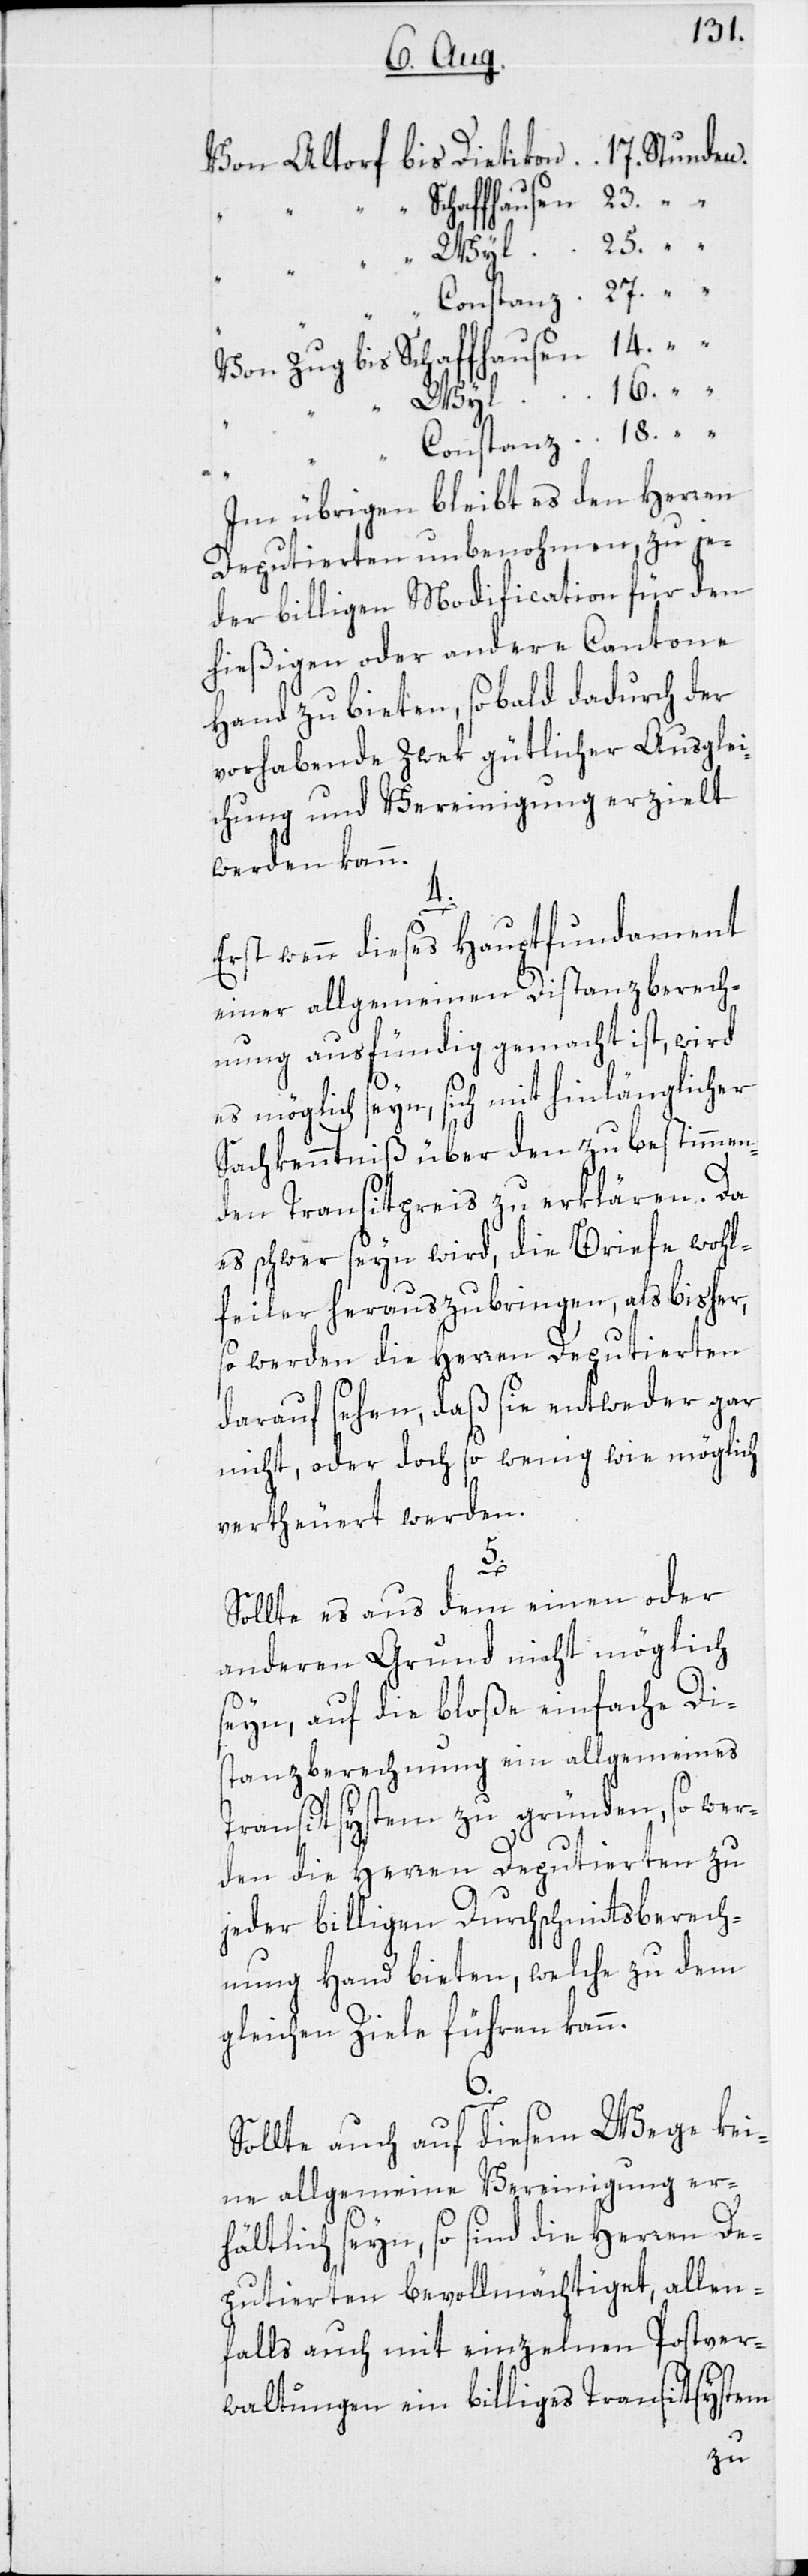
Schaffhausen
Im übrigen bleibt es den Herren
Deputierten unbenohmen, zu je¬
der billigen Modification für den
hießigen oder andere Cantone
Hand zu bieten, sobald dadurch der
vorhabende Zwek gütlicher Ausglei¬
chung und Vereinigung erzielt
werden kann.
4.
Erst wenn dieses Hauptfundament
einer allgemeinen Distanzberech¬
nung ausfündig gemacht ist, wird
18.
es möglich seyn, sich mit hinlänglicher
Sachkenntniß über den zu bestimmen¬
den Transitpreis zu erklären. Da
es schwer seyn wird, die Briefe wohl¬
feiler herauszubringen, als bisher,
so werden die Herren Deputierten
darauf sehen, daß sie entweder gar
nicht, oder doch so wenig wie möglich
vertheuert werden.
5.
bis
Sollte es aus dem einen oder
anderen Grund nicht möglich
seyn, auf die bloße einfache Dis¬
tanzberechnung ein allgemeines
Transitsystem zu gründen, so wer¬
den die Herren Deputierten zu
jeder billigen Durchschnittsberech¬
nung Hand bieten, welche zu dem
gleichen Ziele führen kann.
6.
Sollte auch auf diesem Wege kei¬
ne allgemeine Vereinigung er¬
hältlich seyn, so sind die Herren De¬
putierten bevollmächtiget, allen¬
falls auch mit einzelnen Postver¬
waltungen ein billiges Transitsystem